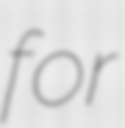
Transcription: for